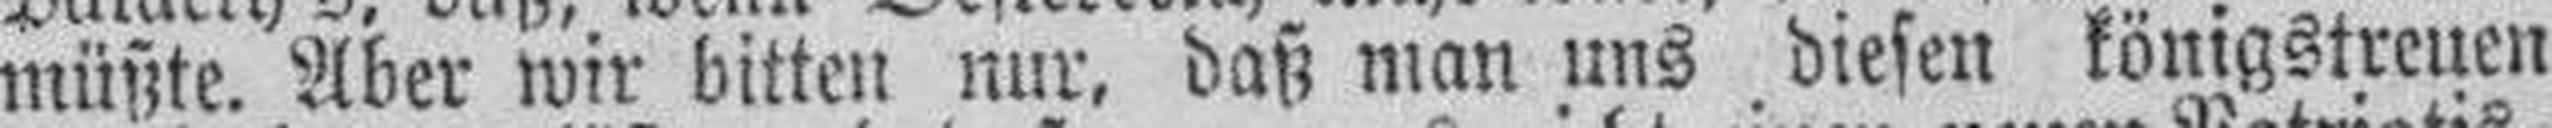
müßte. Aber wir bitten nur, daß man uns diesen königstreuen